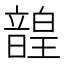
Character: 韹